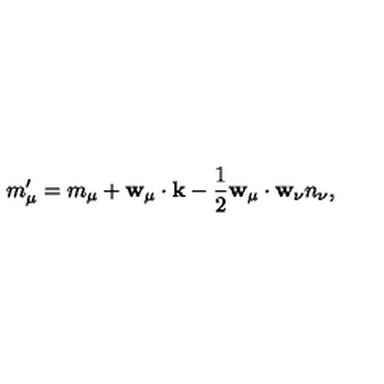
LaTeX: m _ { \mu } ^ { \prime } = m _ { \mu } + { \bf w } _ { \mu } \cdot { \bf k } - \frac { 1 } { 2 } { \bf w } _ { \mu } \cdot { \bf w } _ { \nu } n _ { \nu } ,